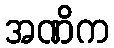
အဏိက